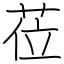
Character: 莅